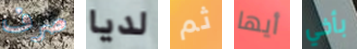
صرف لديا ثم أيها بأخي